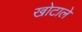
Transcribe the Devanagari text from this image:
खोटाले